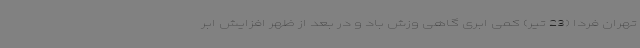
تهران فردا (23 تیر) کمی ابری گاهی وزش باد و در بعد از ظهر افزایش ابر